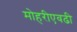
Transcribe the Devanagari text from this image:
मोहरीएवढी